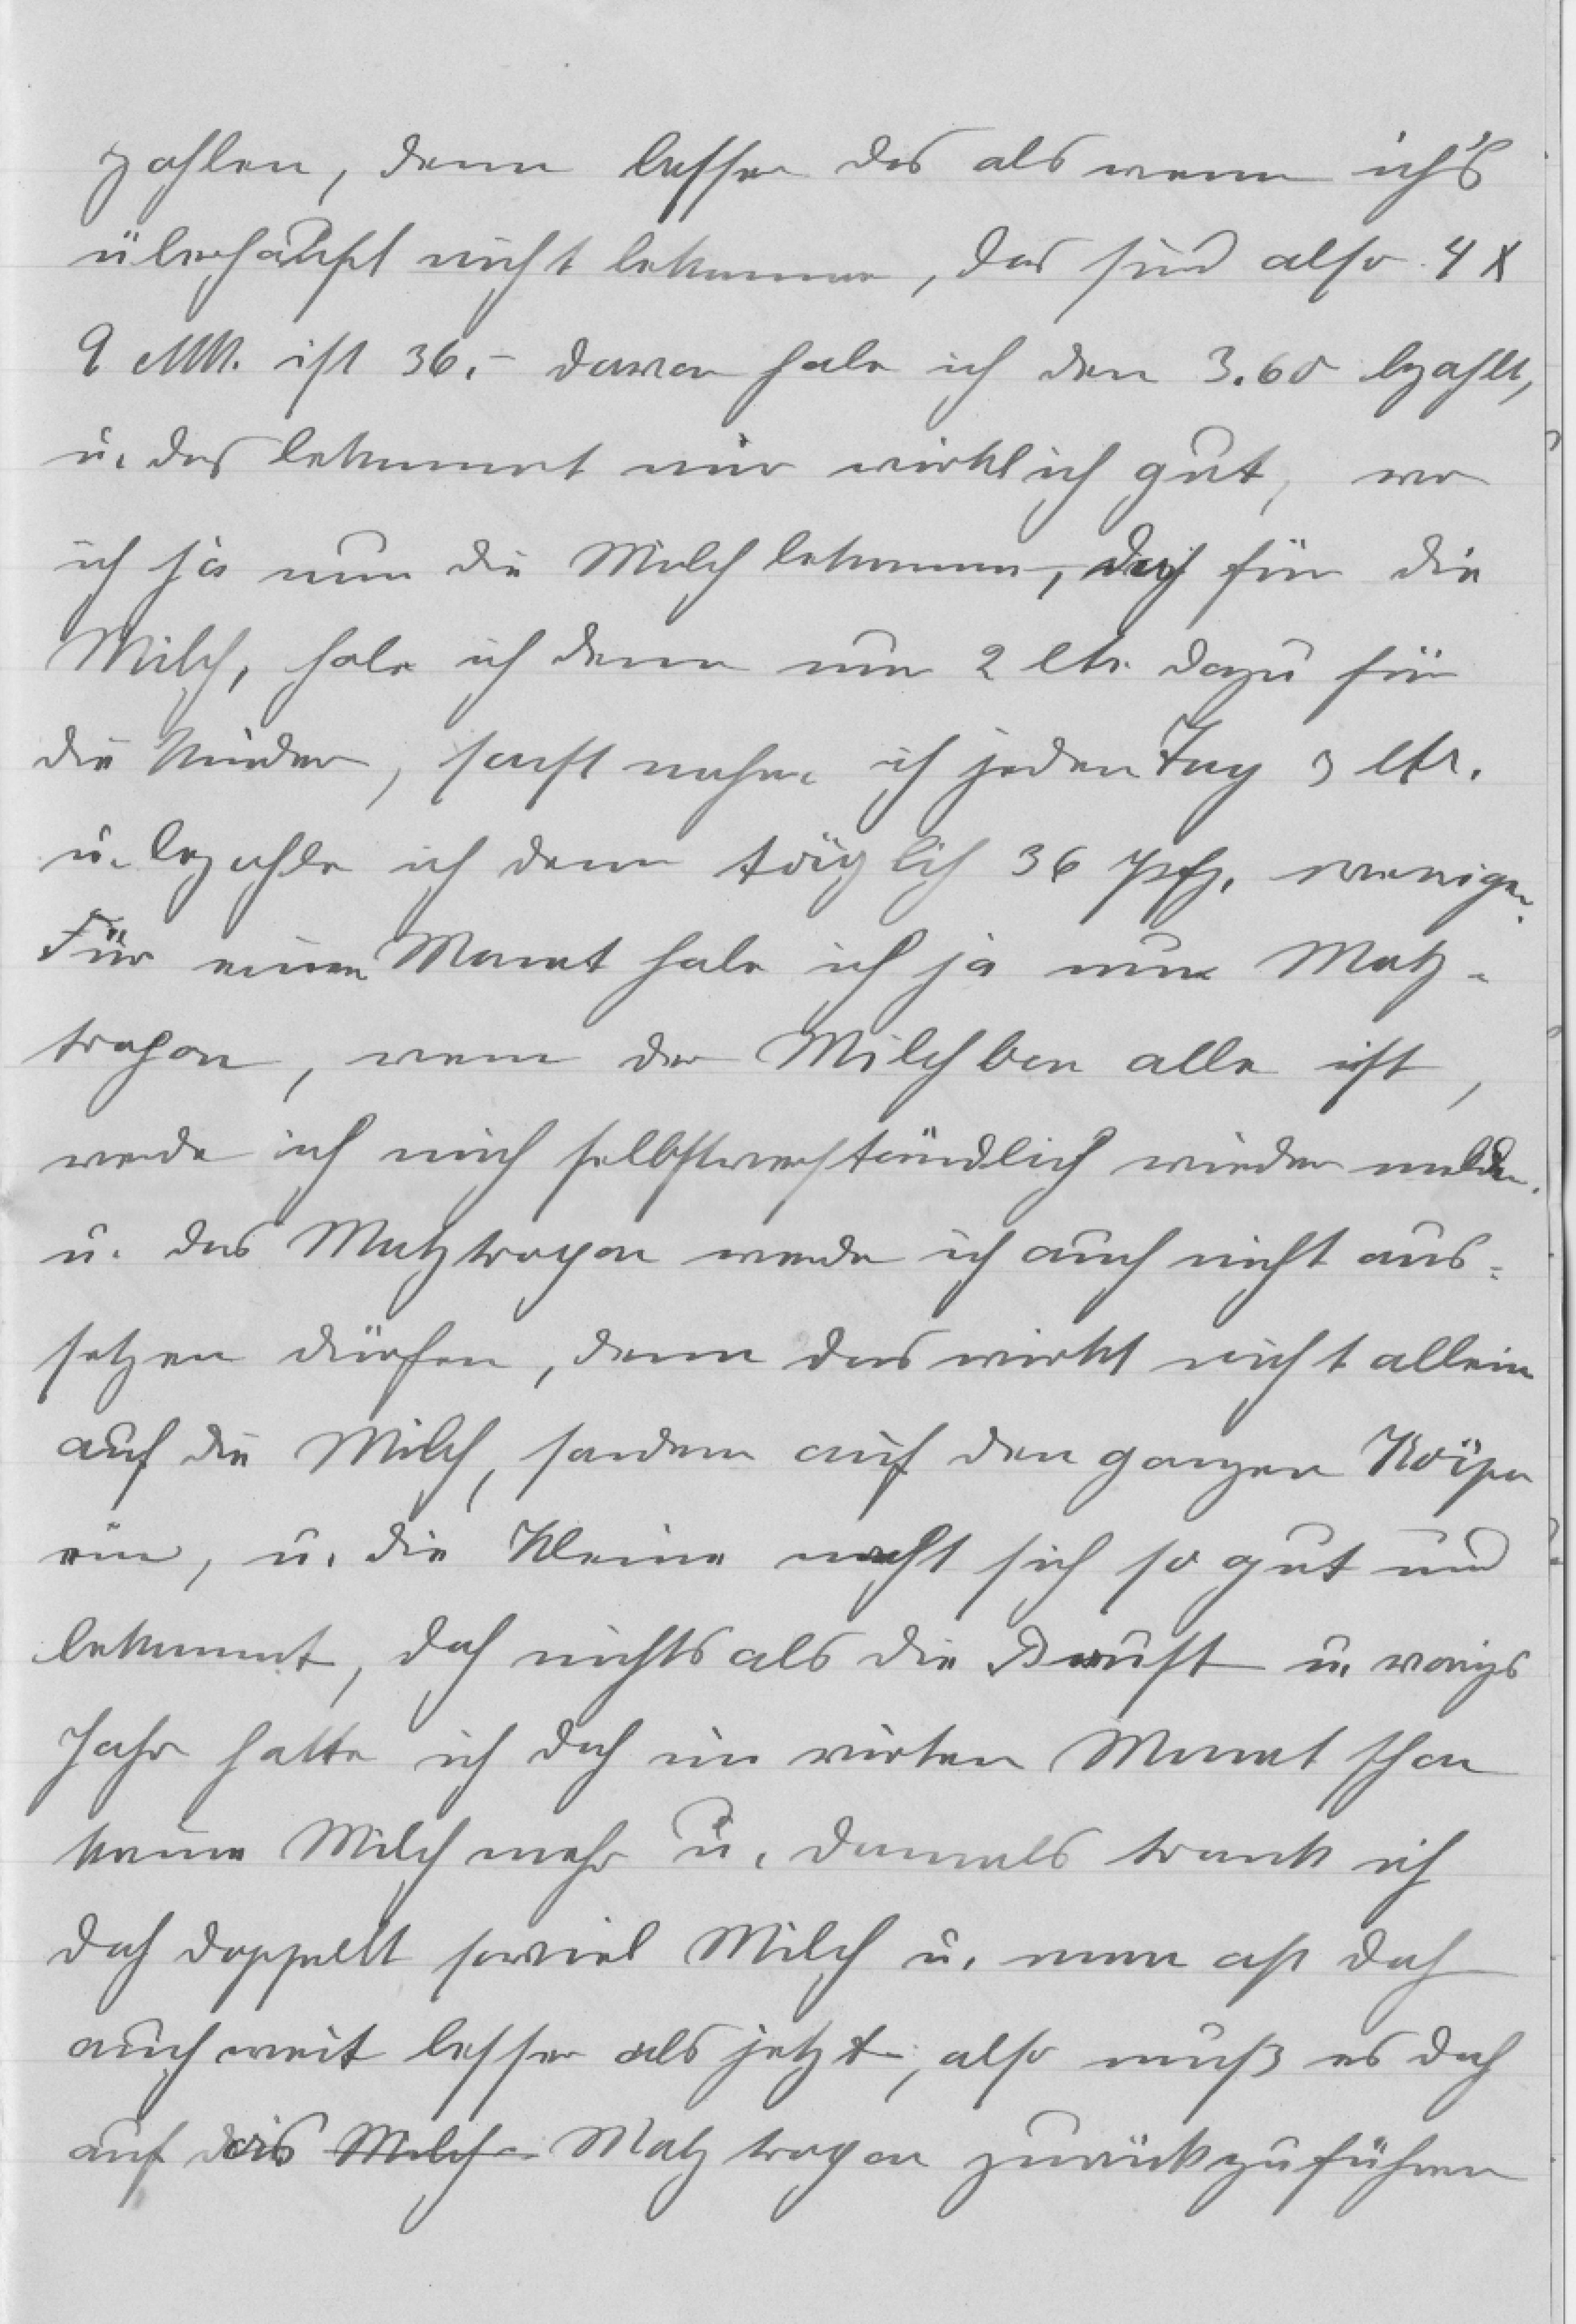
zahlen, denn besser das als wenn ich's
überhaupt nicht bekomme, das sind also 4 x
9 Mk. ist 36,- davor habe ich den 3.60 bezahlt,
u. das bekommt mir wirklich gut, wo
ich ja nun die Milch bekomme, doch für die
Milch, habe ich denn nun 2 ltr. dazu für
die Kinder, sonst nehme ich jeden Tag 3 ltr.
u. bezahle ich dann täglich 36 Pfg. weniger.
Für einen Monat habe ich ja nun Malz¬
tropon, wenn der Milchbon alle ist,
werde ich mich selbstverständlich wieder melden
u. das Malztropon werde ich auch nicht aus¬
setzen dürfen, denn das wirkt nicht allein
auf die Milch, sondern auf den ganzen Körper
ein, u. die Kleine macht sich so gut und
bekommt, doch nichts als die Brust u. vorigs
Jahr hatte ich doch im vierten Monat schon
keine Milch mehr u. damals trank ich
doch doppelt soviel Milch u. man aß doch
auch weit besser als jetzt, also muß es doch
auf das Milch Malztropon zurückzuführen